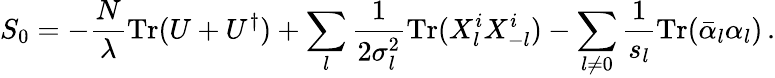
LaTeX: S_{0}=-{\frac{N}{\lambda}}\mathrm{Tr}(U+U^{\dagger})+\sum_{l}{\frac{1}{2\sigma_{l}^{2}}}\mathrm{Tr}(X_{l}^{i}X_{-l}^{i})-\sum_{l\not=0}{\frac{1}{s_{l}}}\mathrm{Tr}(\bar{\alpha}_{l}\alpha_{l})\, .